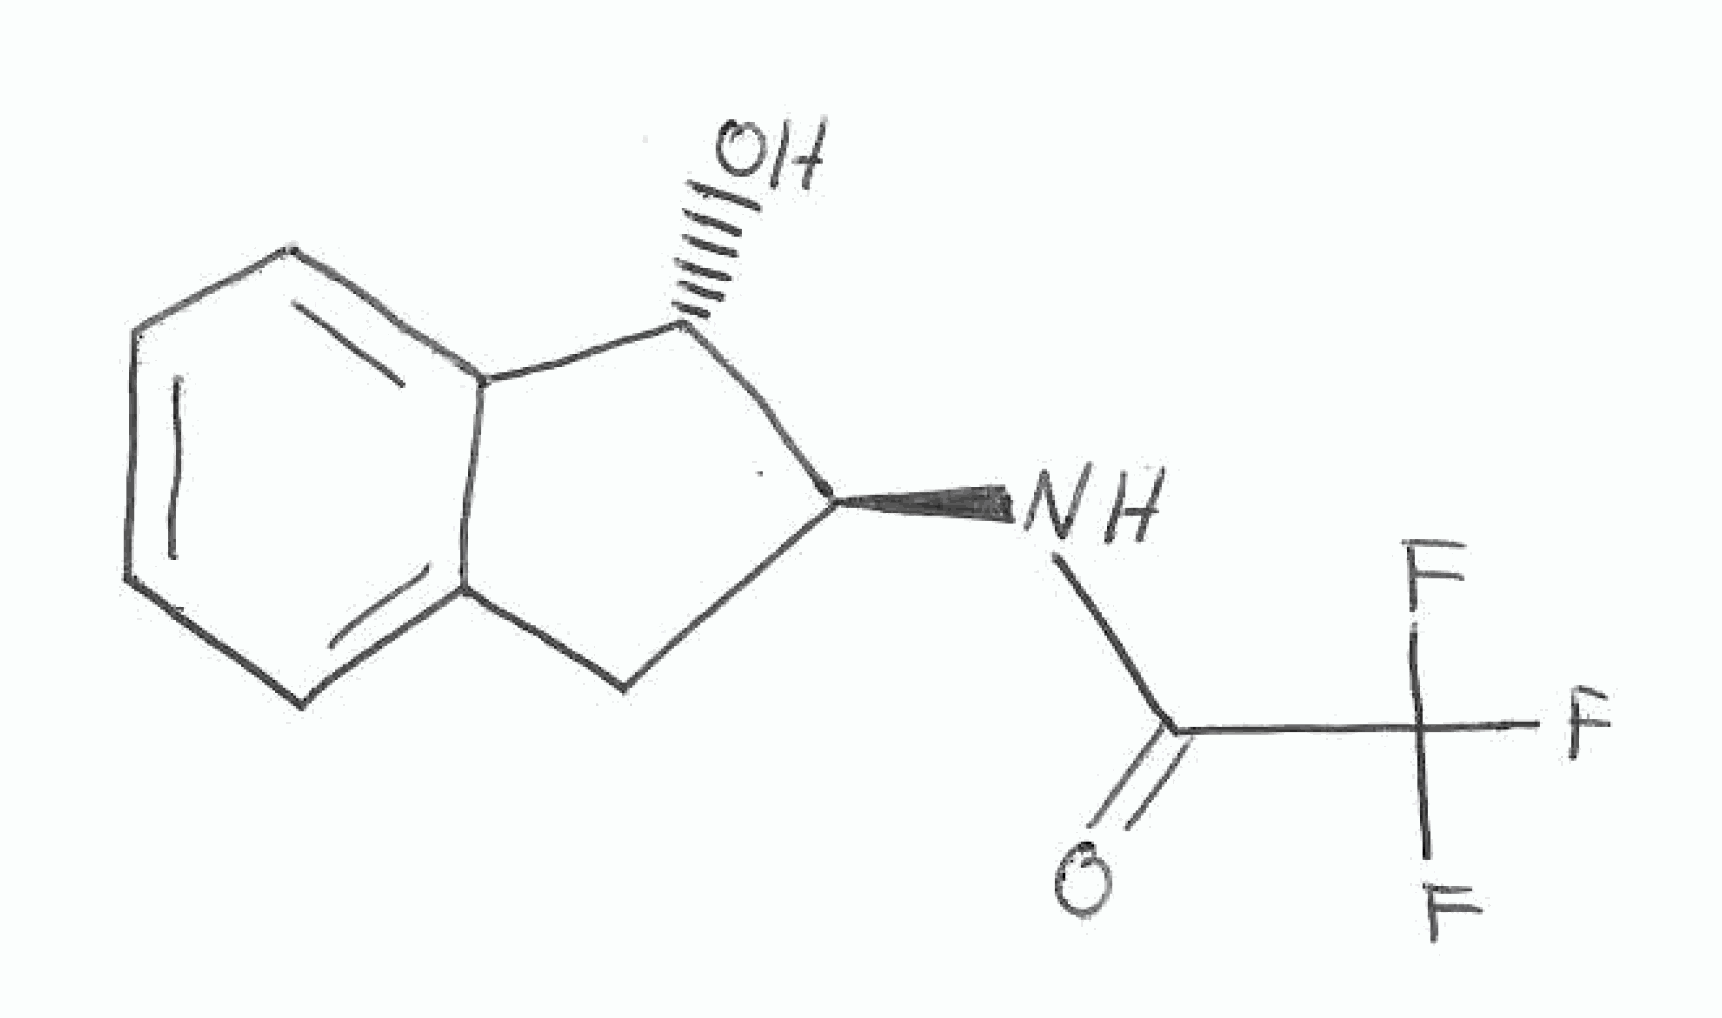
Simplified molecular-input line-entry system (SMILES) notation of the given molecule:
C1[C@@H]([C@H](C2=CC=CC=C21)O)NC(=O)C(F)(F)F